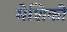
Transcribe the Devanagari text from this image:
मेशिको